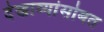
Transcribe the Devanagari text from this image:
देखाव्यांसोबत